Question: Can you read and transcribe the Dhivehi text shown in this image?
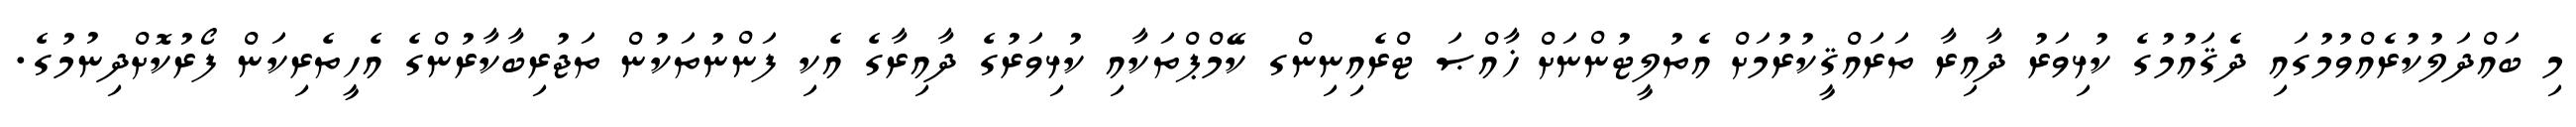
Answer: މި ބައްދަލުކުރެއްވުމުގައި ދެޤައުމުގެ ކުޅިވަރު ދާއިރާ ތަރައްޤީކުރުމަށް އެތުލީޓުންނަށް ޚާއްޞަ ޓްރެއިނިންގ ކޭމްޕްތަކާއި ކުޅިވަރުގެ ދާއިރާގެ އެކި ފަންނުތަކުން ތަޖުރިބާކާރުންގެ އެހީތެރިކަން ފޯރުކޮށްދިނުމުގެ.